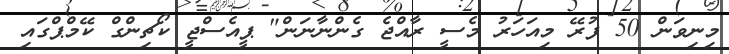
މިނިވަން 50 ފުރޭ މިއަހަރު މެސީ ރާއްޖެ ގެންނާނަން" ޕީއެސްޖީ ކޯޗިންގް ކޭމްޕްގައި